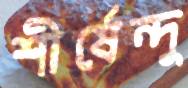
শীর্ষেন্দু